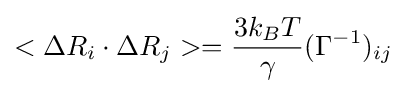
<\Delta R_{i}\cdot \Delta R_{j}>={\frac {3k_{B}T}{\gamma }}(\Gamma ^{-1})_{ij}